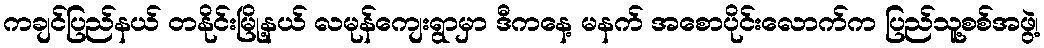
ကချင်ပြည်နယ် တနိုင်းမြို့နယ် လမုန်ကျေးရွာမှာ ဒီကနေ့ မနက် အစောပိုင်းလောက်က ပြည်သူ့စစ်အဖွဲ့၊